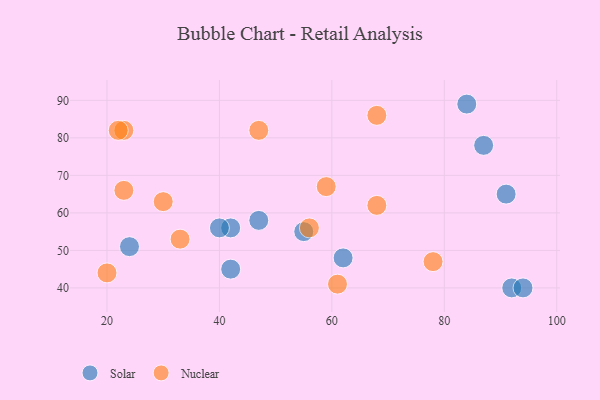
{"axis": {"x": "GDP", "y": "Life Expectancy"}, "legend": ["Nuclear", "Solar"], "data": [{"x": "91", "y": 65, "type": "Solar"}, {"x": "62", "y": 48, "type": "Solar"}, {"x": "47", "y": 58, "type": "Solar"}, {"x": "24", "y": 51, "type": "Solar"}, {"x": "42", "y": 56, "type": "Solar"}, {"x": "92", "y": 40, "type": "Solar"}, {"x": "84", "y": 89, "type": "Solar"}, {"x": "42", "y": 45, "type": "Solar"}, {"x": "87", "y": 78, "type": "Solar"}, {"x": "40", "y": 56, "type": "Solar"}, {"x": "94", "y": 40, "type": "Solar"}, {"x": "55", "y": 55, "type": "Solar"}, {"x": "56", "y": 56, "type": "Nuclear"}, {"x": "33", "y": 53, "type": "Nuclear"}, {"x": "59", "y": 67, "type": "Nuclear"}, {"x": "61", "y": 41, "type": "Nuclear"}, {"x": "30", "y": 63, "type": "Nuclear"}, {"x": "23", "y": 82, "type": "Nuclear"}, {"x": "78", "y": 47, "type": "Nuclear"}, {"x": "22", "y": 82, "type": "Nuclear"}, {"x": "68", "y": 86, "type": "Nuclear"}, {"x": "68", "y": 62, "type": "Nuclear"}, {"x": "23", "y": 66, "type": "Nuclear"}, {"x": "47", "y": 82, "type": "Nuclear"}, {"x": "20", "y": 44, "type": "Nuclear"}]}